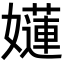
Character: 𡣻